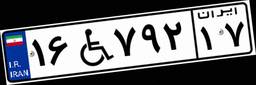
۶۵W۰۹۶۱۹